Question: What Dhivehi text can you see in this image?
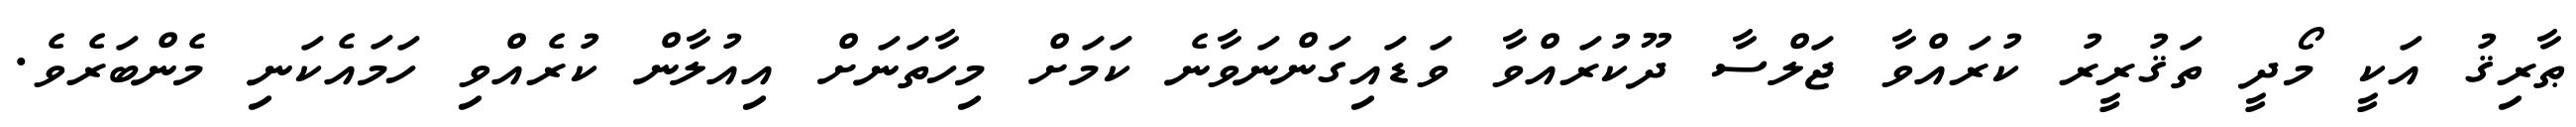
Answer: ޠާރިޤު އަކީ މޯދީ ތަޤުރީރު ކުރައްވާ ޖަލްސާ ދޫކުރައްވާ ވަޑައިގަންނަވާނެ ކަމަށް މިހާތަނަށް އިއުލާން ކުރެއްވި ހަމައެކަނި މެންބަރެވެ.